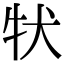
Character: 𤘲